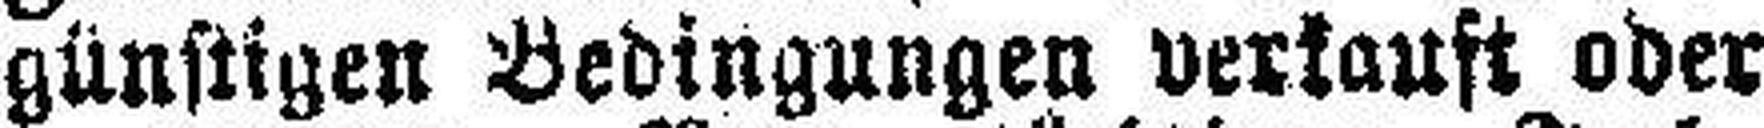
günstigen Bedingungen verkauft oder